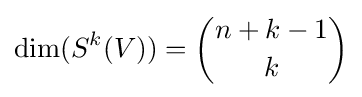
\operatorname {dim} (S^{k}(V))={\binom {n+k-1}{k}}